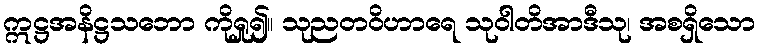
ဣဋ္ဌအနိဋ္ဌသဘော ကိုရှု၍။ သုညတဝိဟာရေ သုဝါတိအာဒီသု၊ အစရှိသော